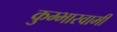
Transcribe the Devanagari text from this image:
कुम्भास्वामी